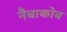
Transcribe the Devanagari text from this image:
नैबाकोव